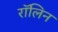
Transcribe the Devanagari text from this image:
रॉलिन